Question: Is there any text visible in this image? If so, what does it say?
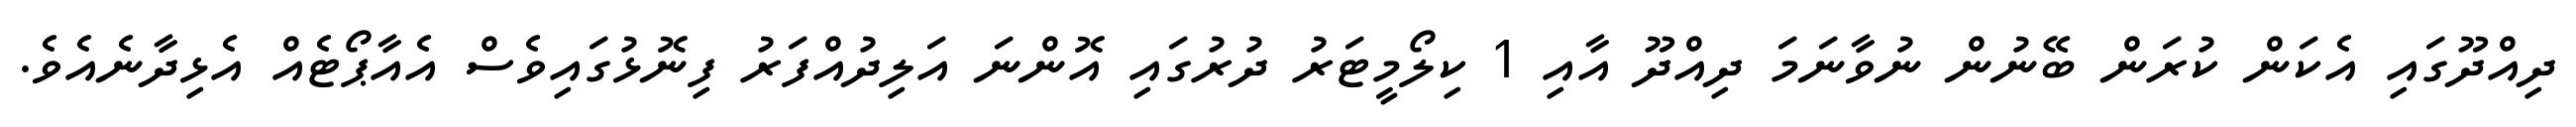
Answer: ދިއްދޫގައި އެކަން ކުރަން ބޭނުން ނުވާނަމަ ދިއްދޫ އާއި 1 ކިލޯމީޓަރު ދުރުގައި އޮންނަ އަލިދުއްފަރު ފިނޮޅުގައިވެސް އެއާޕޯޓެއް އެޅިދާނެއެވެ.